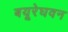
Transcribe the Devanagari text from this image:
बयूरेघवन